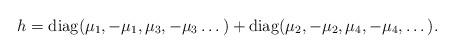
LaTeX: \begin{align*}h=\mathrm{diag}(\mu_1,-\mu_1,\mu_3,-\mu_3\dots)+\mathrm{diag}(\mu_2,-\mu_2,\mu_4,-\mu_4,\dots).\end{align*}